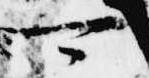
可